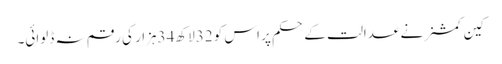
کین کمشنر نے عدالت کے حکم پر اس کو 32لاکھ 34ہزار کی رقم نہ ڈلوائی۔